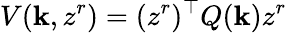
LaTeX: V(\mathbf{k},z^{r})=(z^{r})^{\top}Q(\mathbf{k})z^{r}